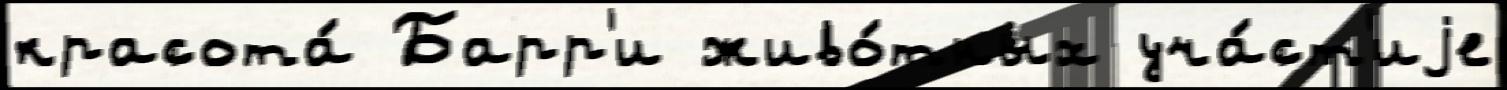
красота́ Барр'и живо́тных уча́ст'иjе